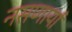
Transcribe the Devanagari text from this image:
नसणार्या